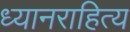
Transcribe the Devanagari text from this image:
ध्यानराहित्य